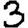
Digit: 3